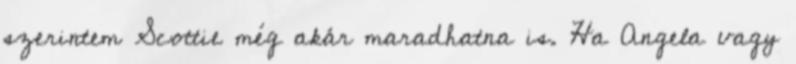
szerintem Scottie még akár maradhatna is. Ha Angela vagy